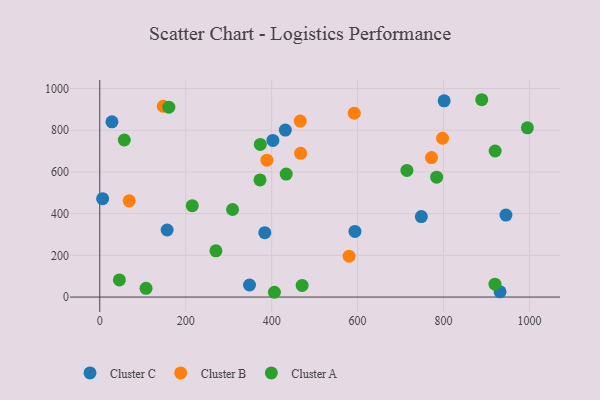
{"axis": {"x": "Investment", "y": "Fuel Efficiency"}, "legend": ["Cluster A", "Cluster B", "Cluster C"], "data": [{"x": "593.8", "y": 314.7, "type": "Cluster C"}, {"x": "431.8", "y": 800.9, "type": "Cluster C"}, {"x": "156.8", "y": 321.6, "type": "Cluster C"}, {"x": "28.4", "y": 840.5, "type": "Cluster C"}, {"x": "402.9", "y": 751.0, "type": "Cluster C"}, {"x": "748.3", "y": 385.9, "type": "Cluster C"}, {"x": "384.0", "y": 308.7, "type": "Cluster C"}, {"x": "6.7", "y": 471.6, "type": "Cluster C"}, {"x": "348.5", "y": 57.8, "type": "Cluster C"}, {"x": "801.3", "y": 941.1, "type": "Cluster C"}, {"x": "945.1", "y": 393.0, "type": "Cluster C"}, {"x": "931.5", "y": 25.2, "type": "Cluster C"}, {"x": "466.5", "y": 844.1, "type": "Cluster B"}, {"x": "592.2", "y": 881.9, "type": "Cluster B"}, {"x": "771.9", "y": 669.1, "type": "Cluster B"}, {"x": "389.0", "y": 656.3, "type": "Cluster B"}, {"x": "580.2", "y": 195.8, "type": "Cluster B"}, {"x": "147.6", "y": 915.0, "type": "Cluster B"}, {"x": "797.6", "y": 761.5, "type": "Cluster B"}, {"x": "68.5", "y": 461.3, "type": "Cluster B"}, {"x": "467.4", "y": 689.4, "type": "Cluster B"}, {"x": "215.3", "y": 438.0, "type": "Cluster A"}, {"x": "160.7", "y": 910.6, "type": "Cluster A"}, {"x": "372.9", "y": 561.6, "type": "Cluster A"}, {"x": "919.6", "y": 61.6, "type": "Cluster A"}, {"x": "433.8", "y": 589.7, "type": "Cluster A"}, {"x": "714.7", "y": 607.1, "type": "Cluster A"}, {"x": "57.1", "y": 753.1, "type": "Cluster A"}, {"x": "373.6", "y": 731.9, "type": "Cluster A"}, {"x": "783.9", "y": 575.0, "type": "Cluster A"}, {"x": "888.8", "y": 946.3, "type": "Cluster A"}, {"x": "470.9", "y": 55.6, "type": "Cluster A"}, {"x": "309.0", "y": 419.9, "type": "Cluster A"}, {"x": "920.0", "y": 700.4, "type": "Cluster A"}, {"x": "995.0", "y": 811.6, "type": "Cluster A"}, {"x": "45.7", "y": 82.3, "type": "Cluster A"}, {"x": "270.3", "y": 221.9, "type": "Cluster A"}, {"x": "107.7", "y": 41.8, "type": "Cluster A"}, {"x": "406.4", "y": 22.9, "type": "Cluster A"}]}